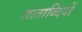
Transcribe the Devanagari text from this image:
शाताब्दियों